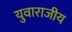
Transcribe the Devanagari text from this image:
युवाराजीय